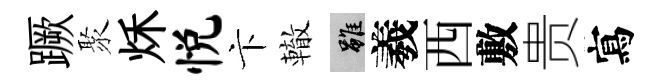
蹶聚秌悦卞轍雖羲西敷贵寫